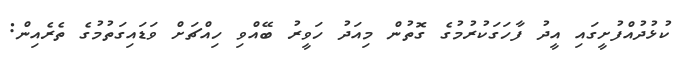
ކުޅުދުއްފުށީގައި އީދު ފާހަގަކުރުމުގެ ގޮތުން މިއަދު ހަވީރު ބޭއްވި ހިއްޗަށް ވަޑައިގަތުމުގެ ތެރެއިން: